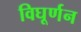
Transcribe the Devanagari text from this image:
विघूर्णन